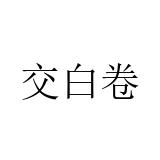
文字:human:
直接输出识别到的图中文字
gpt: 交白卷